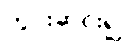
ကွင်းဆင်း၍